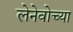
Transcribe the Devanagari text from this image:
लेनेवोच्या